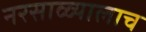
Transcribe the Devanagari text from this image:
नरसाळ्यालाच